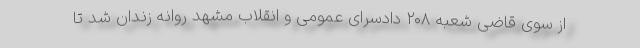
از سوی قاضی شعبه ۲۰۸ دادسرای عمومی و انقلاب مشهد روانه زندان شد تا